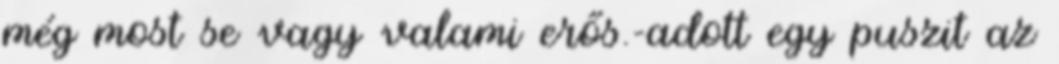
még most se vagy valami erős.-adott egy puszit az